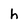
Character: h